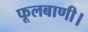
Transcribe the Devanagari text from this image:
फूलबाणी।